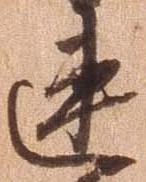
速